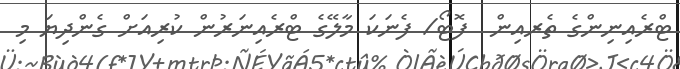
ޓްރެއިނިންގެ ތެރއިން  ފޮޓޯ/ ފެނަކަ މާލޭގެ ޓްރެއިނަރުން ކުރިއަށް ގެންދިޔަ މި